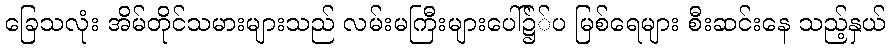
ခြေသလုံး အိမ်တိုင်သမားများသည် လမ်းမကြီးများပေါ်၌်ပ မြစ်ရေများ စီးဆင်းနေ သည့်နှယ်